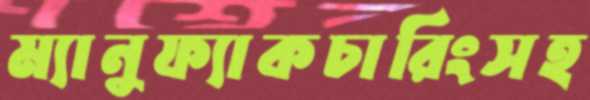
ম্যানুফ্যাকচারিংসহ